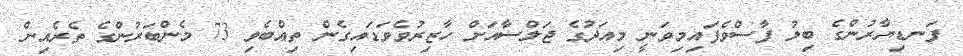
ފަނޑިޔާރުންގެ ބިލު ފާސްވެފައިމިވަނީ މިއަދުގެ ޖަލްސާއަށް ހާޒިރުވެވަޑައިގެން ތިއްބެވި 73 މެންބަރުންގެ ތެރެއިން